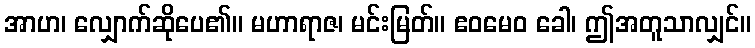
အာဟ၊ လျှောက်ဆိုပေ၏။ မဟာရာဇ၊ မင်းမြတ်။ ဧဝမေဝ ခေါ၊ ဤအတူသာလျှင်။